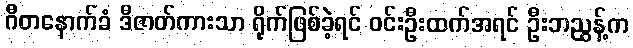
ဂီတနောက်ခံ ဒီဇာတ်ကားသာ ရိုက်ဖြစ်ခဲ့ရင် ဝင်းဦးထက်အရင် ဦးဘညွန့်က